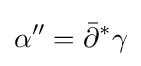
\alpha ''={\bar {\partial }}^{*}\gamma